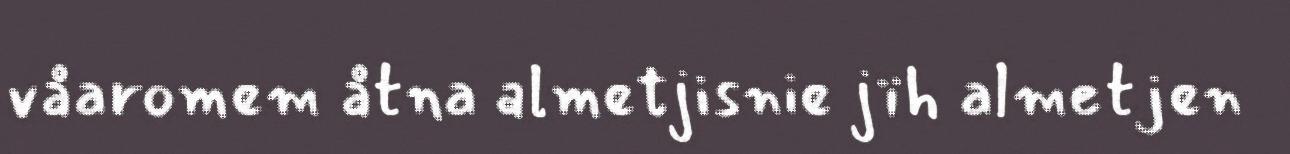
våaromem åtna almetjisnie jïh almetjen